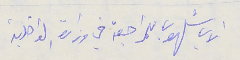
الاب شلهوب للمراجعة في وزارة الداخلية